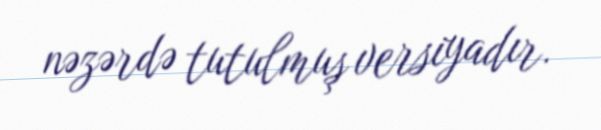
nəzərdə tutulmuş versiyadır.